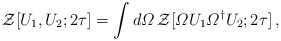
\begin{align*}{\cal Z} [U_1, U_2 ; 2 \tau]=\int d {\mit\Omega} \,{\cal Z} [ {\mit\Omega} U_1 {\mit\Omega}^\dagger U_2 ; 2 \tau ]\, ,\end{align*}